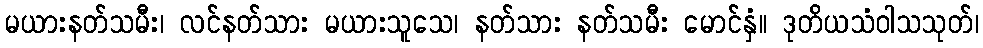
မယားနတ်သမီး၊ လင်နတ်သား မယားသူသေ၊ နတ်သား နတ်သမီး မောင်နှံ။ ဒုတိယသံဝါသသုတ်၊